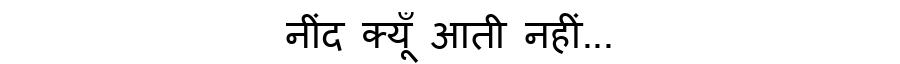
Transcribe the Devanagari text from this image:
नींद क्यूँ आती नहीं...